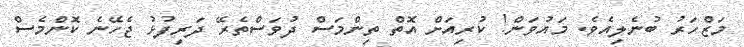
މަޒްހަރު ބުނެލިއެވެ. މައުވަން! ކުރިއަށް އޮތް ތިންމަސް ދުވަސްތެރޭ ދަރިފުޅު ޖެހޭނެ ކޮންމެސް